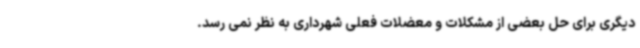
دیگری برای حل بعضی از مشکلات و معضلات فعلی شهرداری به نظر نمی رسد.